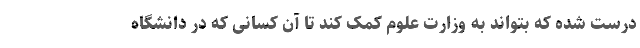
درست شده که بتواند به وزارت علوم کمک کند تا آن کسانی که در دانشگاه